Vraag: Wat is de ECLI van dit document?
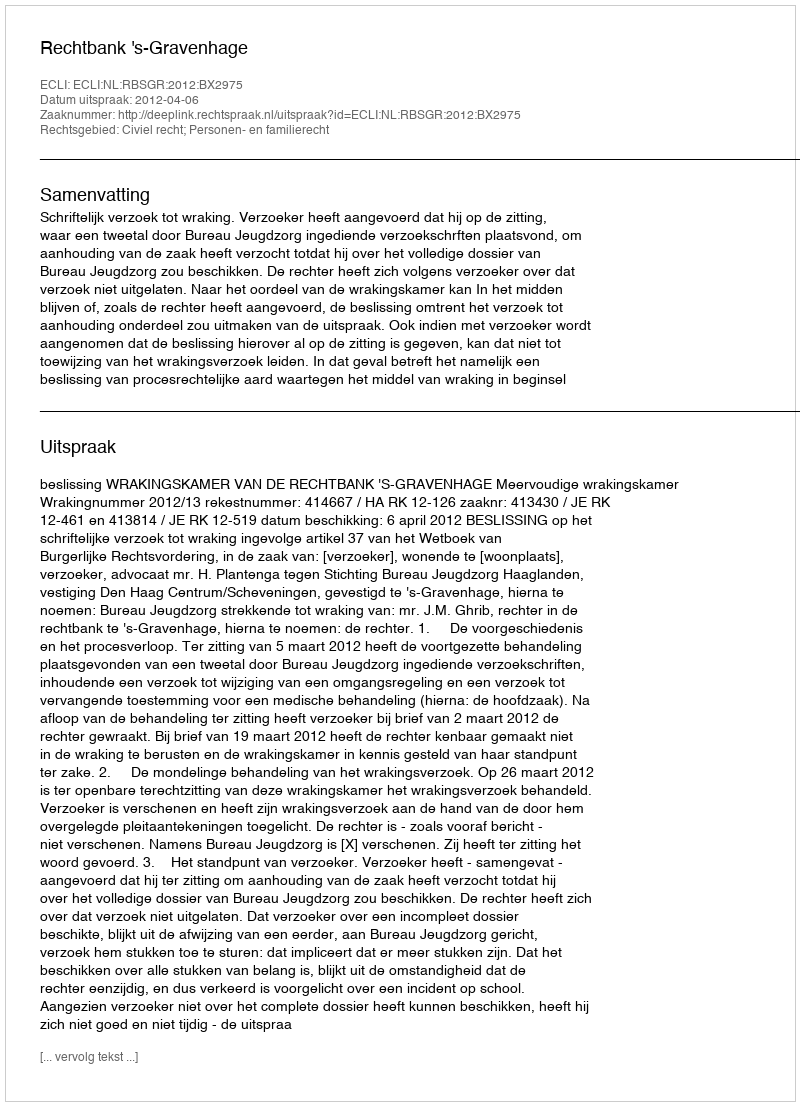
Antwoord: ECLI:NL:RBSGR:2012:BX2975